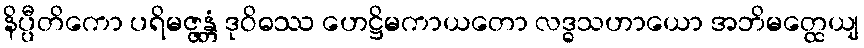
နိပ္ပီတိကော ပရိမဇ္ဇန္တံ ဒုဝိဓဿ ဟေဋ္ဌိမကာယတော လဒ္ဓသဟာယော အဘိမတ္ထေယျ